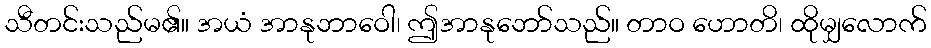
သီတင်းသည်မ၏။ အယံ အာနုဘာဝေါ၊ ဤအာနုဘော်သည်။ တာဝ ဟောတိ၊ ထိုမျှလောက်